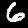
Label: 6